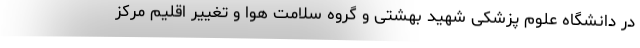
در دانشگاه علوم پزشکی شهید بهشتی و گروه سلامت هوا و تغییر اقلیم مرکز